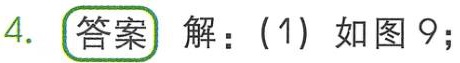
4. **答案** 解：(1) 如图9;